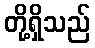
တို့ရှိသည်